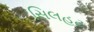
સિલહટ